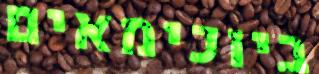
ביוכימאים